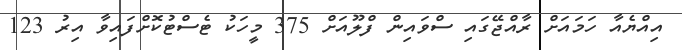
އިއްޔެއާ ހަމައަށް ރާއްޖޭގައި ސްވައިން ފްލޫއަށް 375 މީހަކު ޓެސްޓުކޮށްފައިވާ އިރު 123